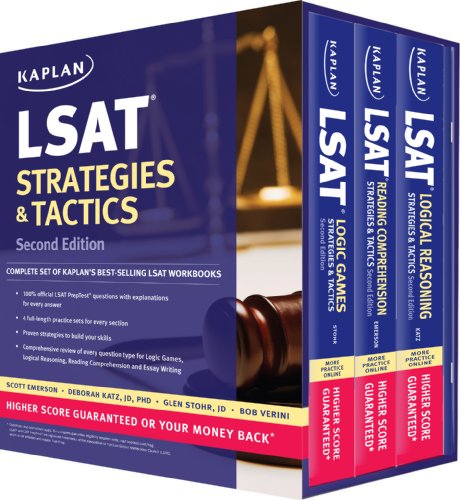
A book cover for Kaplan LSAT Strategies & Tactics Boxed Set (Kaplan Test Prep); Kaplan; Test Preparation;